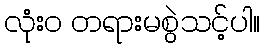
လုံး၀ တရားမစွဲသင့်ပါ။